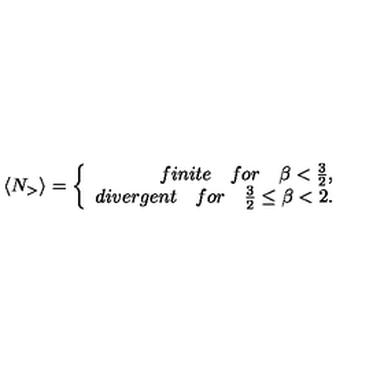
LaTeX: \langle N _ { > } \rangle = \left\{ \begin{array} { r l } { f i n i t e \quad f o r \quad \beta < \frac { 3 } { 2 } , } \\ { d i v e r g e n t \quad f o r \quad \frac { 3 } { 2 } \le \beta < 2 . } \\ \end{array} \right.